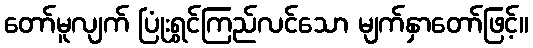
တော်မူလျက် ပြုံးရွှင်ကြည်လင်သော မျက်နှာတော်ဖြင့်။